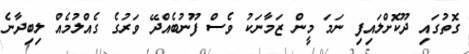
ގޮތުގައި ދޫކޮށްލައިފި ނަމަ މީން ޒަމާނަކު ވެސް ފޫނުބެެއްދޭ ވަރުގެ ގެއްލުމެއް ލިބިދާނެ